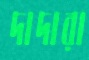
দাদারা